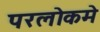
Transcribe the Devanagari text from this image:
परलोकमे